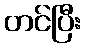
တင်ပြီး